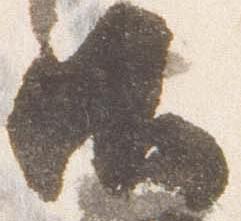
御